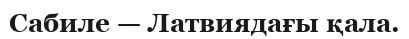
Сабиле — Латвиядағы қала.